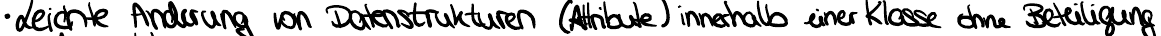
- Leichte Änderung von Datenstrukturen (Attribute) innerhalb einer Klasse ohne Beteiligung